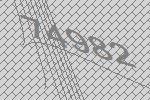
74982